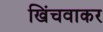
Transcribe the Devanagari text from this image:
खिंचवाकर